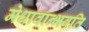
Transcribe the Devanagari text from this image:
मेधावान्भवति